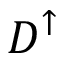
D ^ { \uparrow }